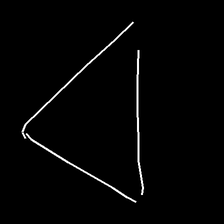
Glyph: convergence